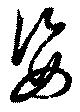
姿